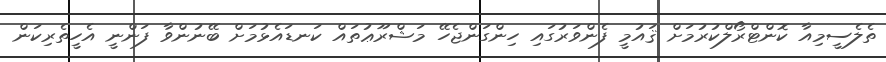
ތެލެސީމިއާ ކޮންޓްރޯލްކުރުމަށް ޤައުމީ ފެންވަރުގައި ހިންގަންޖެހޭ މަޝްރޫޢުތައް ކަނޑައެޅުމަށް ބޭނުންވާ ފަންނީ އެހީތެރިކަން